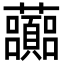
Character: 虈